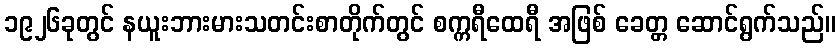
၁၉၂၆ခုတွင် နယူးဘားမားသတင်းစာတိုက်တွင် စက္ကရီထေရီ အဖြစ် ခေတ္တ ဆောင်ရွက်သည်။